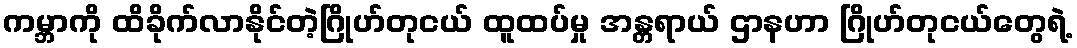
ကမ္ဘာကို ထိခိုက်လာနိုင်တဲ့ဂြိုဟ်တုငယ် ထူထပ်မှု အန္တရာယ် ဌာနဟာ ဂြိုဟ်တုငယ်တွေရဲ့